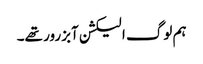
ہم لوگ الیکشن آبزرور تھے۔